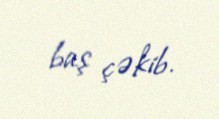
baş çəkib.